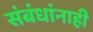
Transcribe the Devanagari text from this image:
संबंधांनाही